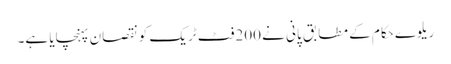
ریلوے حکام کے مطابق پانی نے 200فٹ ٹریک کو نقصان پہنچایا ہے۔